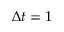
\Delta t = 1